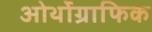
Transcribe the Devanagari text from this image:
ओर्थोग्राफिक